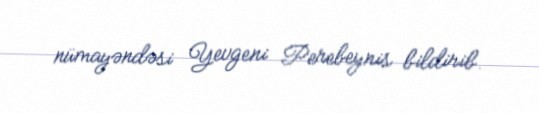
nümayəndəsi Yevgeni Perebeynis bildirib.